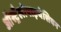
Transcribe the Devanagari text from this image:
ऑस्ट्रैलोपाइथेशियन